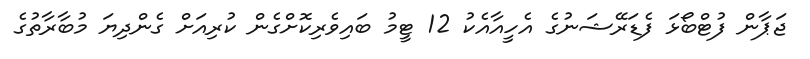
ޖަޕާން ފުޓްބޯޅަ ފެޑަރޭޝަނުގެ އެހީއާއެކު 12 ޓީމު ބައިވެރިކޮށްގެން ކުރިއަށް ގެންދިޔަ މުބާރާތުގެ